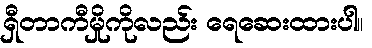
ရှီတာကီမှိုကိုလည်း ရေဆေးထားပါ။